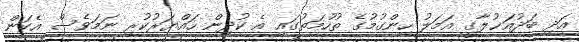
އަދި ބަދުއަޚުލާގީ އަމަލު ހިންގުމުގެ ތުހުމަތުގައި އެ ކުދިން ހައްޔަރުކުރި ނަމަވެސް އެކަން